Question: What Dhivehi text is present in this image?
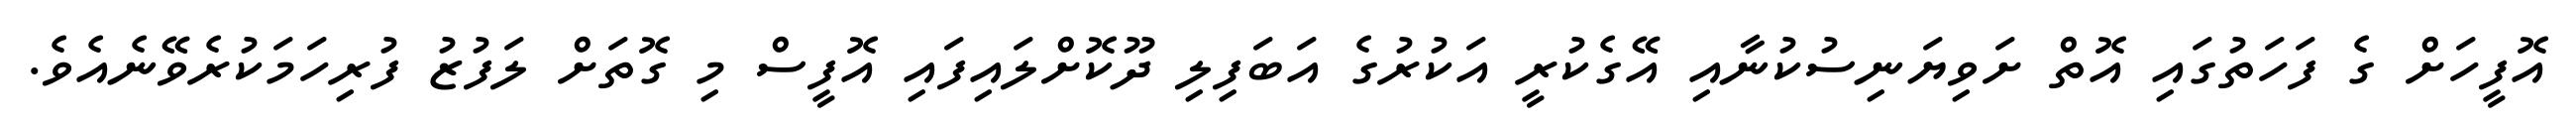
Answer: އޮފީހަށް ގެ ފަހަތުގައި އޮތް ށަވިޔަނިސުކުނާއި އޭގެކުރީ އަކުރުގެ އަބަފިލި ދޫކޮށްލައިފައި އޮފީސް މި ގޮތަށް ލަފުޒު ފުރިހަމަކުރެވޭނެއެވެ.